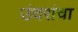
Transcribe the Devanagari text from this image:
उंदरांचा